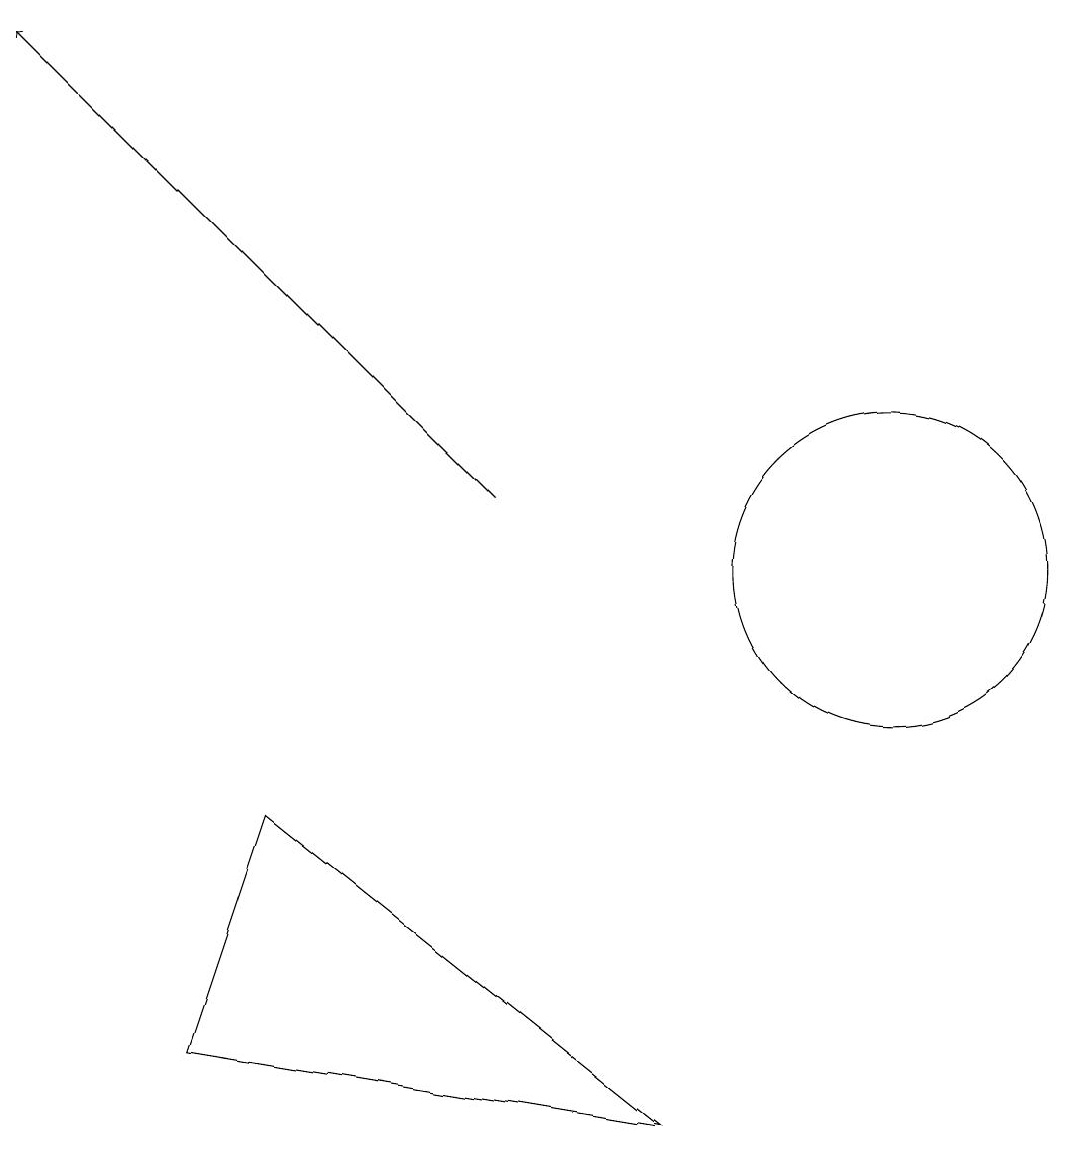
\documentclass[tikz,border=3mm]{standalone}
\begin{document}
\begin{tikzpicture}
\draw (11,10) circle (2);
\draw[->] (6,11) -- (0,17);
\draw (3,7) -- (8,3) -- (2,4) -- cycle;
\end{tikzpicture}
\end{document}